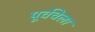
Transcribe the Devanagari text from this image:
पूर्ववेला